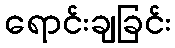
ရောင်းချခြင်း